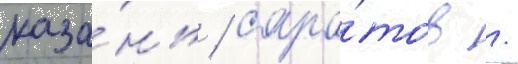
каза́нь / сара́тов /